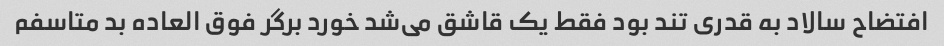
افتضاح سالاد به قدری تند بود فقط یک قاشق می‌شد خورد برگر فوق العاده بد متاسفم